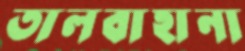
তালবাহানা